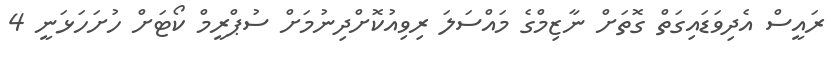
ރައީސް އެދިވަޑައިގަތް ގޮތަށް ނާޒިމްގެ މައްސަލަ ރިވިއުކޮށްދިނުމަށް ސުޕްރީމް ކޯޓަށް ހުށަހަޅަނީ 4